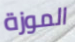
الموزة